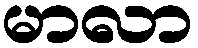
မာလာ